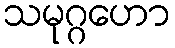
သမုဂ္ဂဟော